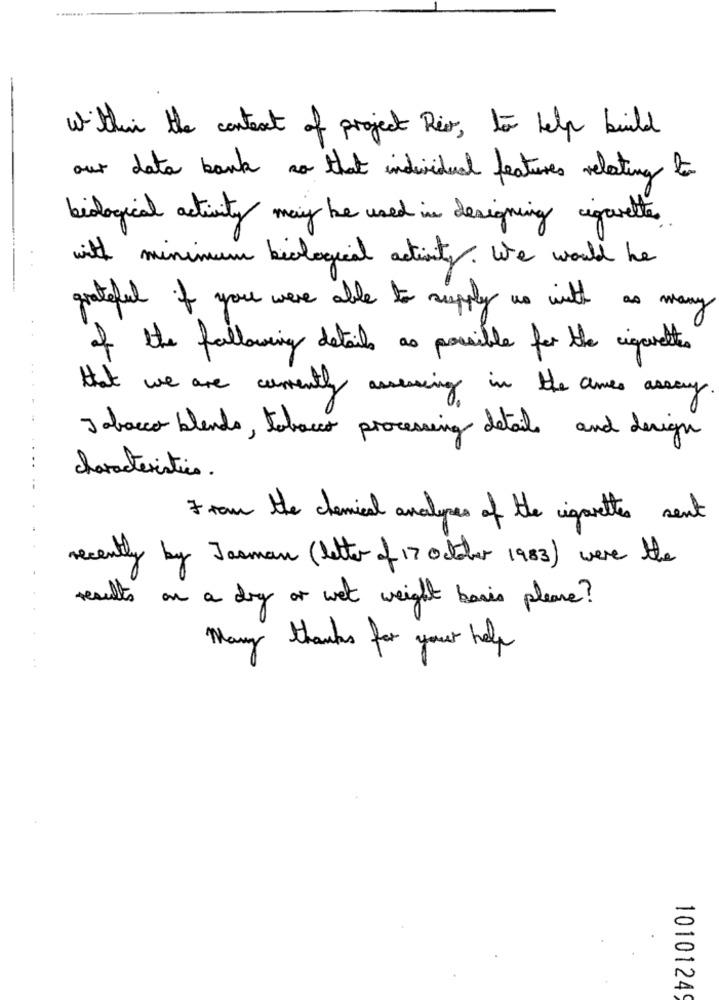
Within the context of project Reis , to help build
our data bank so that individual features relating to
biological activity may be used in designing cigarettes
with minimum biological activity . We would he
grateful if you were able to supply us with as many
of the following details as possible for the cigarettes
that we are currently assessing in the ames assay.
Jabacco blendo, tobacco processing details and design
characteristics.
From the chemical analopes of the cigarettes sent
recently by Jasman ( Letter of 17 october 1983 ) were the
results on a dry or wet weight basis please?
Many thanks for your help
10101249